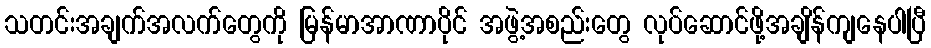
သတင်းအချက်အလက်တွေကို မြန်မာအာဏာပိုင် အဖွဲ့အစည်းတွေ လုပ်ဆောင်ဖို့အချိန်ကျနေပါပြီ